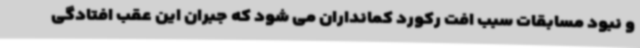
و نبود مسابقات سبب افت رکورد کمانداران می شود که جبران این عقب افتادگی